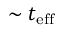
\sim t _ { \mathrm { e f f } }